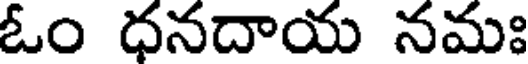
ఓం ధనదాయ నమః